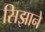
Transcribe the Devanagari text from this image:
सिझाने